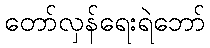
တော်လှန်ရေးရဲဘော်